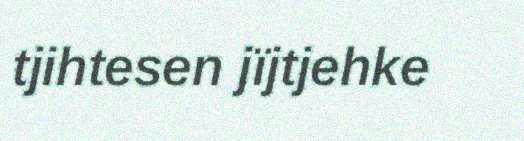
tjihtesen jïjtjehke